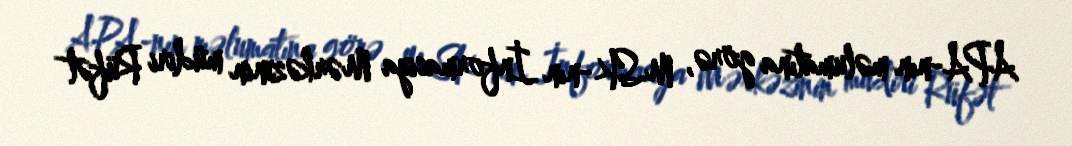
APA-nın məlumatına görə, MSK-nın İnformasiya Mərkəzinin müdiri Rüfət